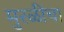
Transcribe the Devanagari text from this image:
मुरळींचा